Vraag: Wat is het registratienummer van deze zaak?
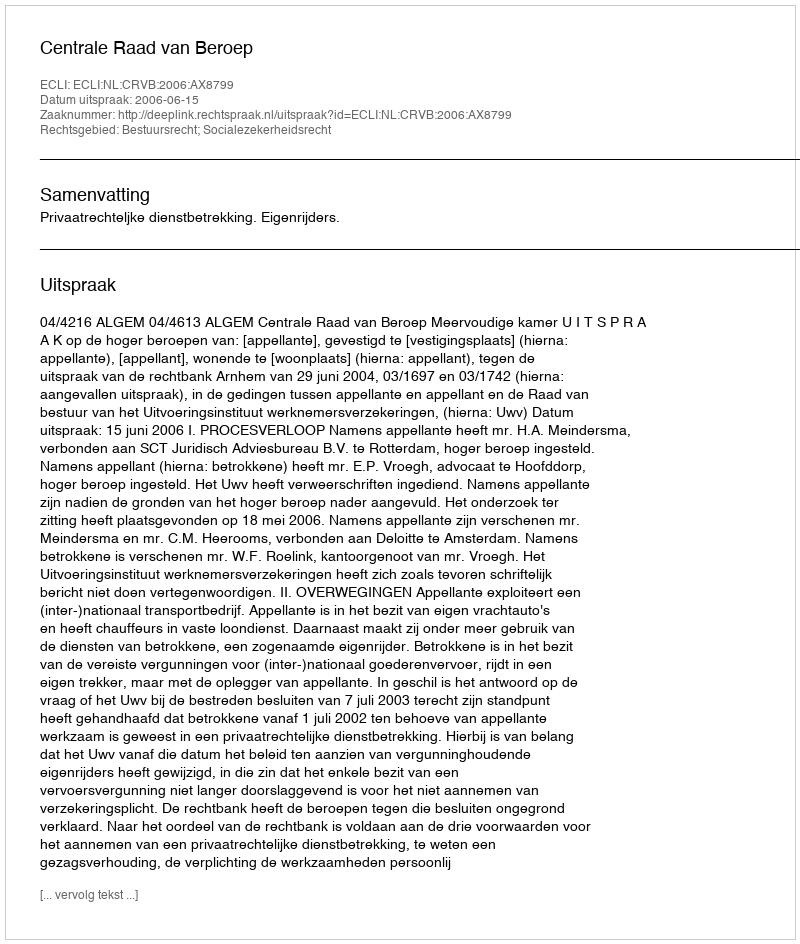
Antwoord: http://deeplink.rechtspraak.nl/uitspraak?id=ECLI:NL:CRVB:2006:AX8799